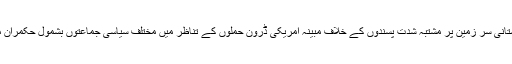
امریکی نمائندہ خصوصی نے یہ دورہ ایسے وقت کیا ہے جب پاکستانی سر زمین پر مشتبہ شدت پسندوں کے خلاف مبینہ امریکی ڈرون حملوں کے تناظر میں مختلف سیاسی جماعتوں بشمول حکمران مسلم لیگ (ن) کے رہنماؤں نے تسلسل سے تنقیدی بیانات دیے ہیں۔